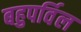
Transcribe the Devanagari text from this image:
बहुपर्विल